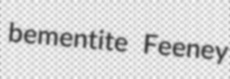
bementite Feeney